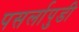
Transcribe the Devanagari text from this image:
पसर्लापुडी